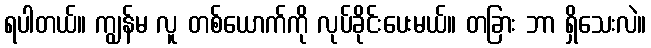
ရပါတယ်။ ကျွန်မ လူ တစ်ယောက်ကို လုပ်ခိုင်းပေးမယ်။ တခြား ဘာ ရှိသေးလဲ။